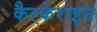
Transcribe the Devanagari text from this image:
कैल्‍केराइन